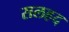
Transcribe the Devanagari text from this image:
सलहद